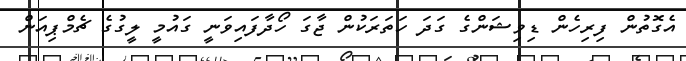
އެގޮތުން ފިރިހެން ޑިވިޝަންގެ ގަދަ ހަތަރަކުން ޖާގަ ހޯދާފައިވަނީ ގައުމީ ލީގުގެ ޗެމްޕިއަން